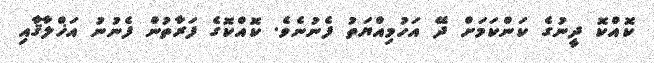
ކޮއްކޮ ދީނުގެ ކަންކަމަށް ދޭ އަހުމިއްޔަތު ފެނުނެވެ. ކޮއްކޮގެ ފަރާތުން ފެނުނު އަޚްލާޤާއި